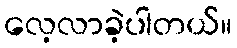
လေ့လာခဲ့ပါတယ်။